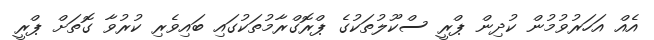
އެއް އަހަރުވުމުން ކުދިން ޕްރީ ސްކޫލުތަކުގެ ޕްރޮގްރާމުތަކުގައި ބައިވެރި ކުރުވާ ގޮތަށް ޕްރީ